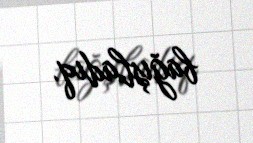
bağışladıq.